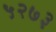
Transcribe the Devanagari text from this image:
५२७३